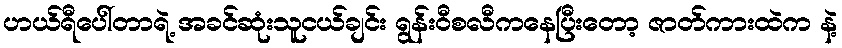
ဟယ်ရီပေါ်တာရဲ့ အခင်ဆုံးသူငယ်ချင်း ရွန်းဝီစလီကနေပြီးတော့ ဇာတ်ကားထဲက နဲ့